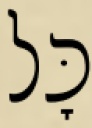
כׇּל